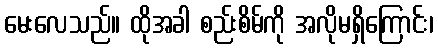
မေးလေသည်။ ထိုအခါ စည်းစိမ်ကို အလိုမရှိကြောင်း၊